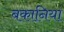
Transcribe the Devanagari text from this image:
बकानिया